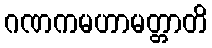
ဂဏကမဟာမတ္တာတိ